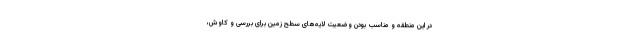
در این منطقه و مناسب بودن وضعیت لایه‌های سطح زمین برای بررسی و کاوش،